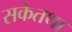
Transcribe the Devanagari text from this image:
सकेतथा